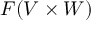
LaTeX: F ( V \times W )